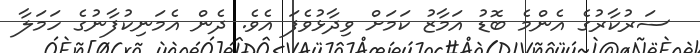
ސަރުކާރުގެ އެންމެ ބޮޑު އަމާޒު ކަމަށް ވިދާޅުވެފަ އެވެ. ދެން އެމަނިކުފާނުގެ ހަމަލާ